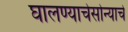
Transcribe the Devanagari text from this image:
घालण्याचेसोन्याचे